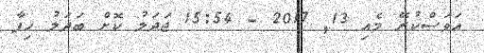
އަވަސްކުރޭ މެއި 13